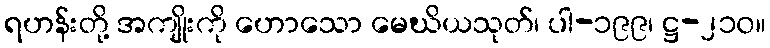
ရဟန်းတို့ အကျိုးကို ဟောသော မေဃိယသုတ်၊ ပါ-၁၉၉၊ ဋ္ဌ-၂၁၀။